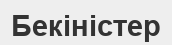
Бекіністер